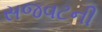
સજવટની